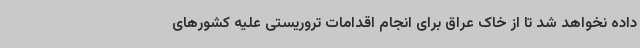
داده نخواهد شد تا از خاک عراق برای انجام اقدامات تروریستی علیه کشورهای